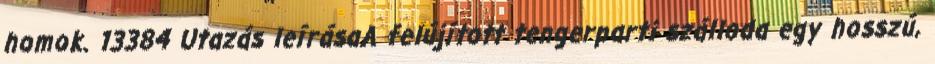
homok. 13384 Utazás leírásaA felújított tengerparti szálloda egy hosszú,